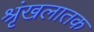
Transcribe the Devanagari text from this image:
श्रृंखलातक